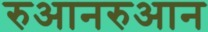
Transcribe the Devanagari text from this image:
रुआनरुआन